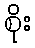
စိုး